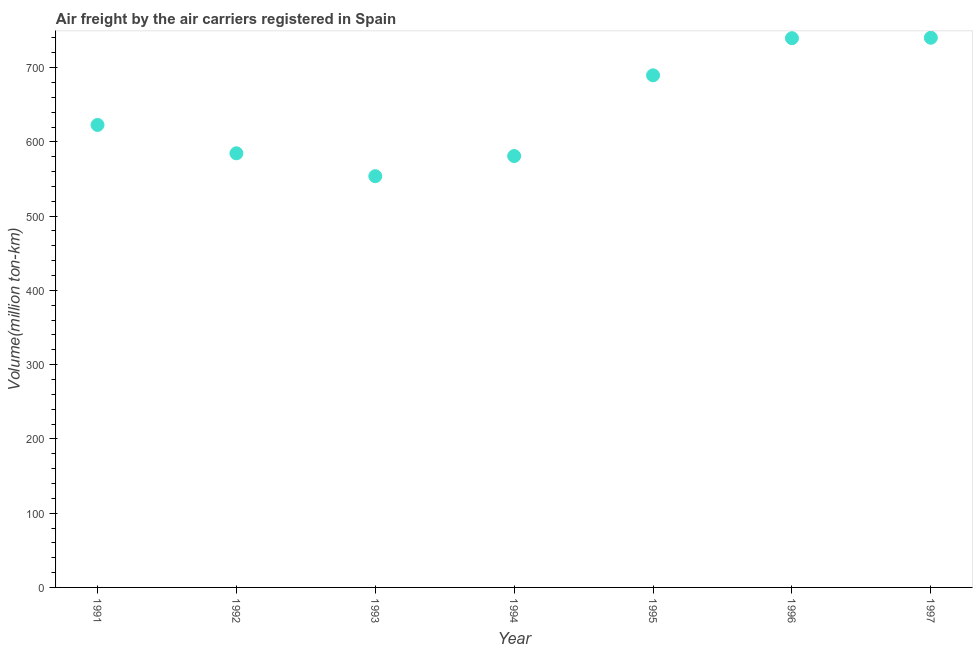
| Year | Air transport |
 | --- | --- |
 | 1991 | 623 |
 | 1992 | 585 |
 | 1993 | 554 |
 | 1994 | 581 |
 | 1995 | 690 |
 | 1996 | 740 |
 | 1997 | 740 |